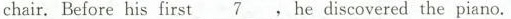
chair. Before his first \underline{7}，hediscovered the piano.